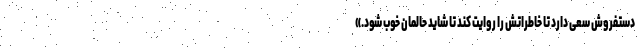
دستفروش سعی دارد تا خاطراتش را روایت کند تا شاید حالمان خوب شود.»